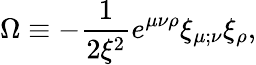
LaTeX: \Omega\equiv-\frac{1}{2\xi^{2}}e^{\mu\nu\rho}\xi_{\mu;\nu}\xi_{\rho},